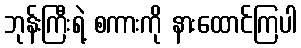
ဘုန်းကြီးရဲ့ စကားကို နားထောင်ကြပါ